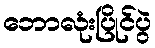
ဘောလုံးပြိုင်ပွဲ